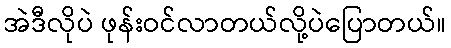
အဲဒီလိုပဲ ဖုန်းဝင်လာတယ်လို့ပဲပြောတယ်။